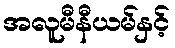
အလူမီနီယမ်နှင့်